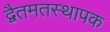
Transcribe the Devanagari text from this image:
द्वैतमतस्थापक